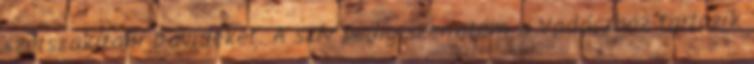
szétszakítani Davidéket. A szív pedig szerintem a Vadászhoz tartozik